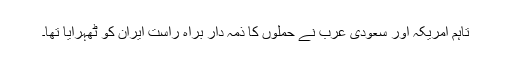
تاہم امریکہ اور سعودی عرب نے حملوں کا ذمہ دار براہ راست ایران کو ٹھہرایا تھا۔